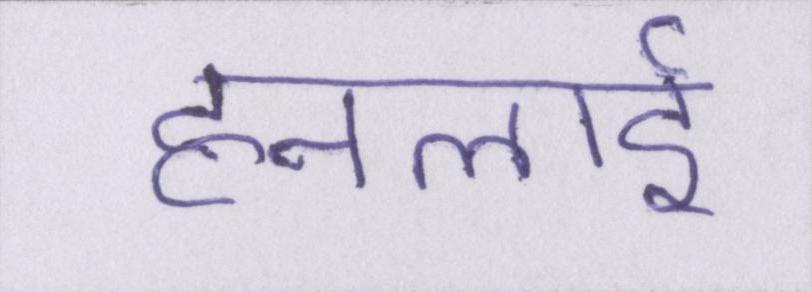
हनलाई